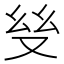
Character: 𢆼